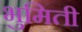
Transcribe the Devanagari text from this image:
भुमिती